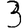
Digit: 3